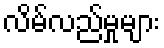
လိမ်လည်မှုများ